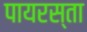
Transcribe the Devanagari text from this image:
पायरस्ता